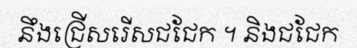
នឹងជ្រើសរើសជជែក ។ និងជជែក